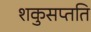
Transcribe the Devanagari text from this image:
शकुसप्तति